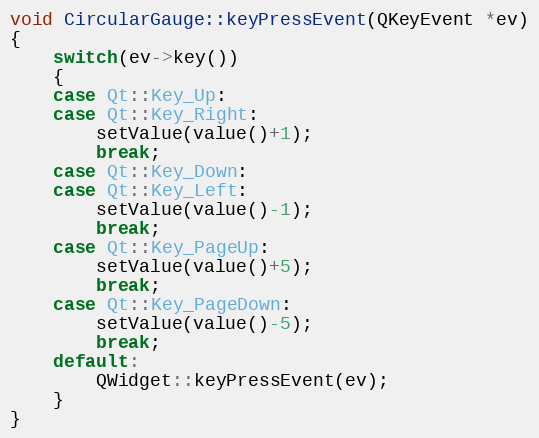
Language: C++
void CircularGauge::keyPressEvent(QKeyEvent *ev)
{
    switch(ev->key())
    {
    case Qt::Key_Up:
    case Qt::Key_Right:
        setValue(value()+1);
        break;
    case Qt::Key_Down:
    case Qt::Key_Left:
        setValue(value()-1);
        break;
    case Qt::Key_PageUp:
        setValue(value()+5);
        break;
    case Qt::Key_PageDown:
        setValue(value()-5);
        break;
    default:
        QWidget::keyPressEvent(ev);
    }
}